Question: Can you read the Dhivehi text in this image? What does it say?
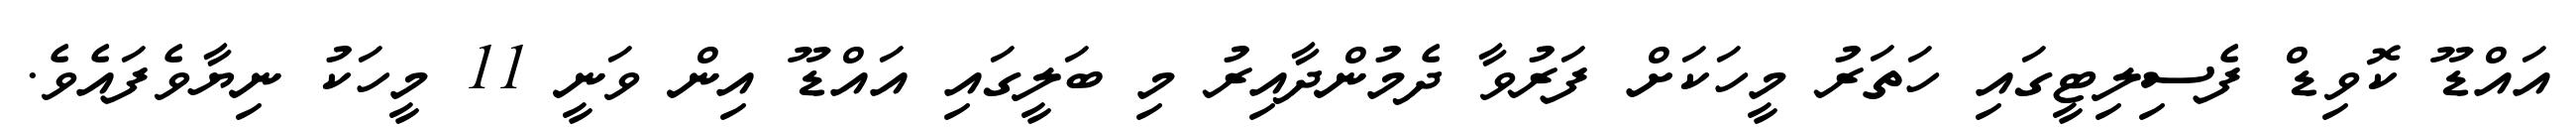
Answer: އައްޑޫ ކޮވިޑް ފެސިލިޓީގައި ހަތަރު މީހަކަށް ފަރުވާ ދެމުންދާއިރު މި ބަލީގައި އައްޑޫ އިން ވަނީ 11 މީހަކު ނިޔާވެފައެވެ.